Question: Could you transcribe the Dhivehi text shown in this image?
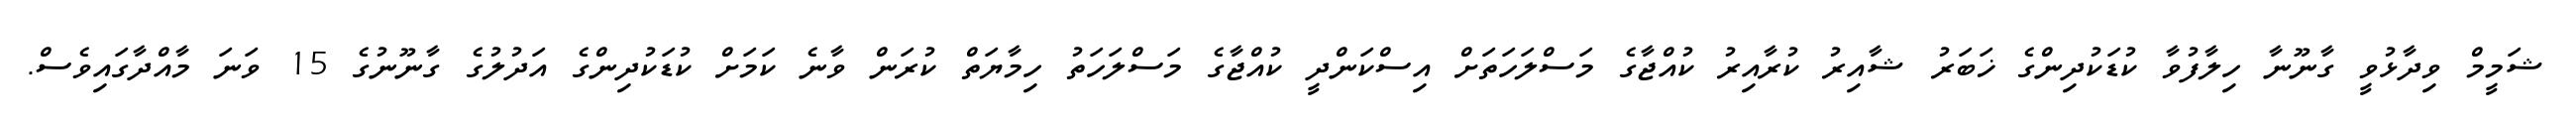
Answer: ޝަމީމް ވިދާޅުވީ ގާނޫނާ ހިލާފުވާ ކުޑަކުދިންގެ ޚަބަރު ޝާއިރު ކުރާއިރު ކުއްޖާގެ މަސްލަހަތަށް އިސްކަންދީ ކުއްޖާގެ މަސްލަހަތު ހިމާޔަތް ކުރަން ވާނެ ކަމަށް ކުޑަކުދިންގެ އަދުލުގެ ގާނޫނުގެ 15 ވަނަ މާއްދާގައިވެސް.